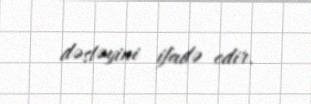
dəstəyini ifadə edir.